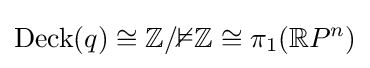
\operatorname {Deck} (q)\cong \mathbb {Z/2Z} \cong \pi _{1}({\mathbb {R} P^{n}})